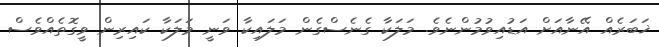
ޚަބަރެއް އޭނާއަށް އަޑުއިވުމުންނެވެ. މަލަކާ ގެނެސްގެން މަލައިކާ ވަނީ މަލަކާ ކައިރިން ވީގޮތެއްވެސް